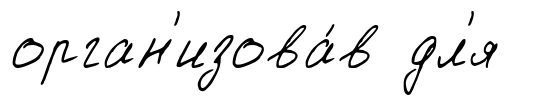
орган'изова́в дл'я